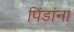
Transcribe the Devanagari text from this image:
पिंडांना